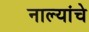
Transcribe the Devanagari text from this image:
नाल्यांचे